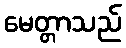
မေတ္တာသည်